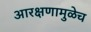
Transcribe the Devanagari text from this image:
आरक्षणामुळेच